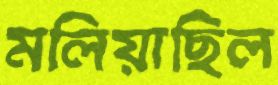
মলিয়াছিল